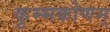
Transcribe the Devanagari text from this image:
कुम्भकोणम्